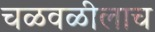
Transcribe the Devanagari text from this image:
चळवळीलाच